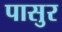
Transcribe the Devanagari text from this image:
पासुर